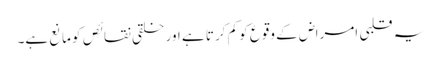
یہ قلبی امراض کے وقوع کو کم کرتا ہے اور خلقی نقائص کو مانع ہے۔